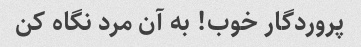
پروردگار خوب! به آن مرد نگاه کن